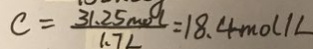
c = \frac { 3 1 . 2 5 m o l } { 1 . 7 L } = 1 8 . 4 m o l / L